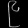
Digit: ၉